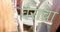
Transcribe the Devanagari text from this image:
वैराचा